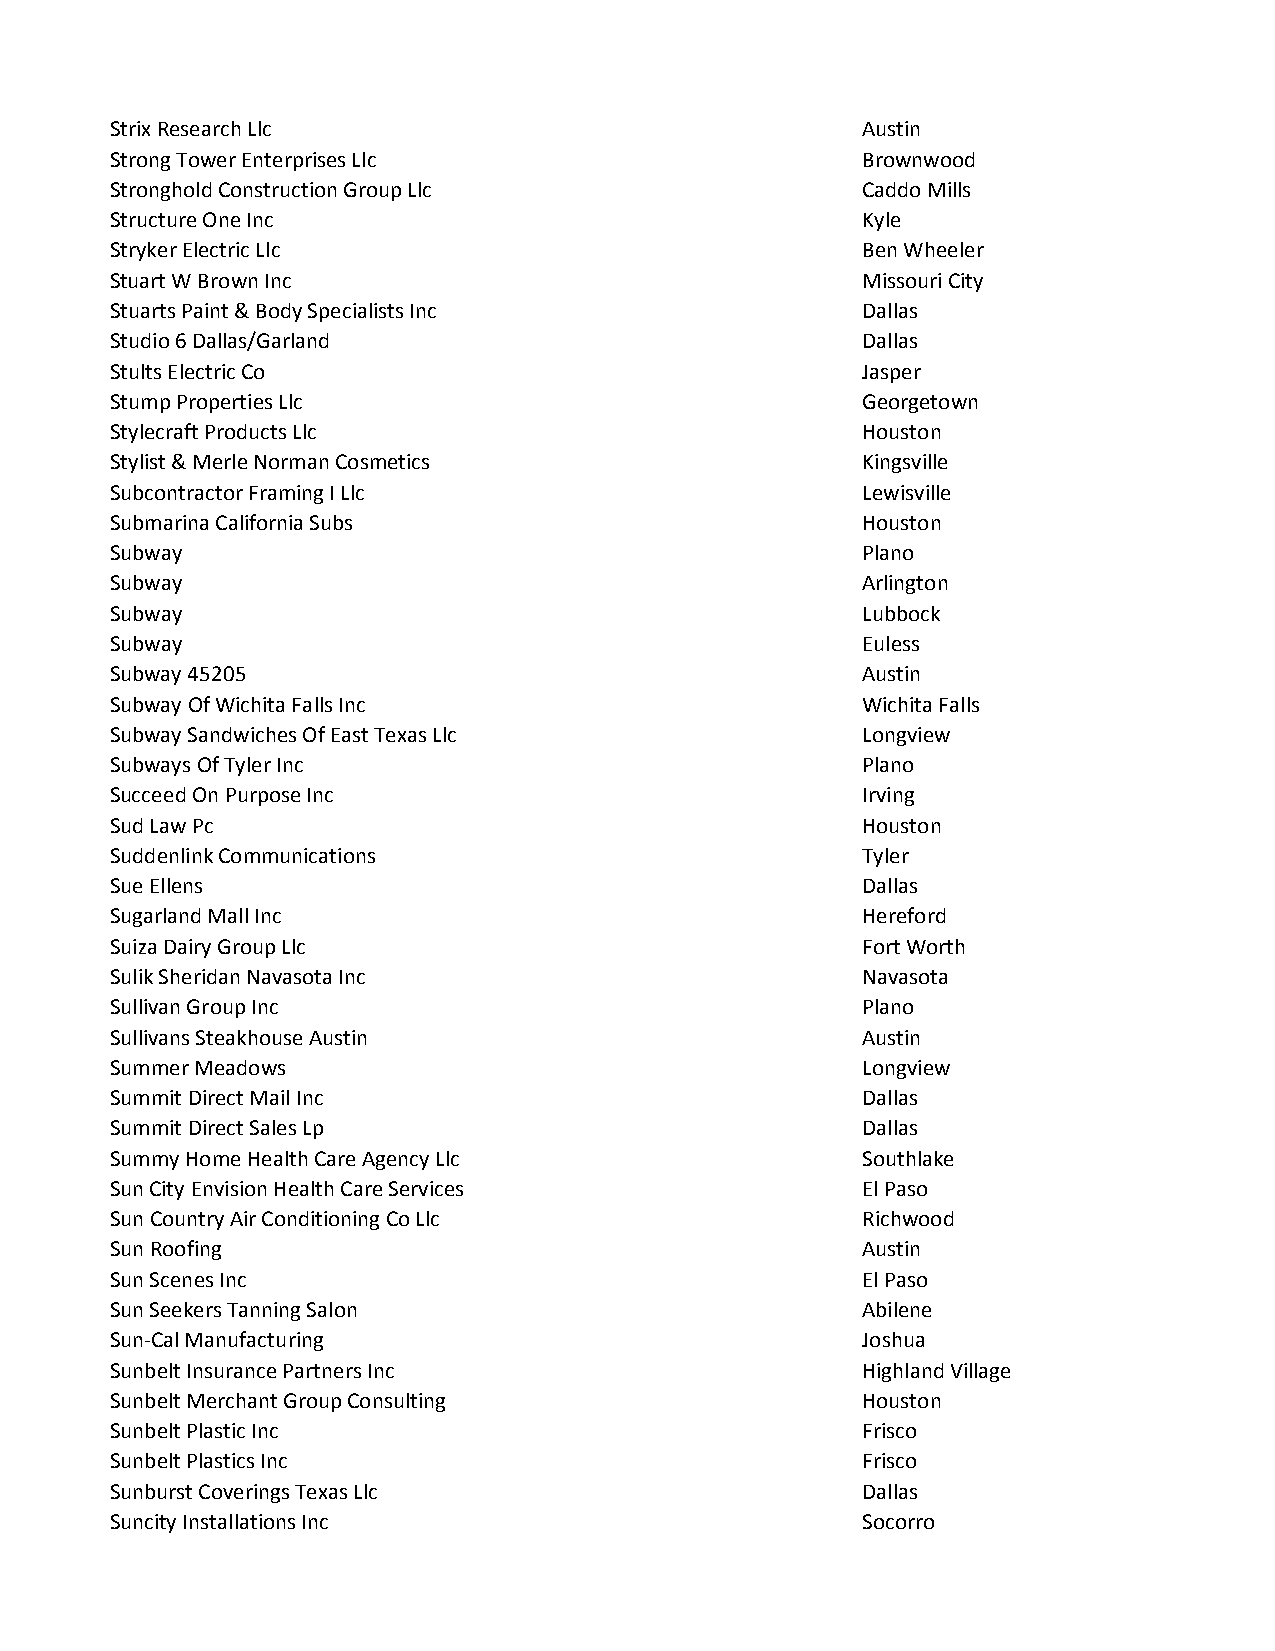
Strix Research Llc                                Austin
 Strong Tower Enterprises Llc                      Brownwood
 Stronghold Construction Group Llc                 Caddo Mills
 Structure One Inc                                 Kyle
 Stryker Electric Llc                              Ben Wheeler
 Stuart W Brown Inc                                Missouri City
 Stuarts Paint & Body Specialists Inc              Dallas
 Studio 6 Dallas/Garland                           Dallas
 Stults Electric Co                                Jasper
 Stump Properties Llc                              Georgetown
 Stylecraft Products Llc                           Houston
 Stylist & Merle Norman Cosmetics                  Kingsville
 Subcontractor Framing I Llc                       Lewisville
 Submarina California Subs                         Houston
 Subway                                            Plano
 Subway                                            Arlington
 Subway                                            Lubbock
 Subway                                            Euless
 Subway 45205                                      Austin
 Subway Of Wichita Falls Inc                       Wichita Falls
 Subway Sandwiches Of East Texas Llc               Longview
 Subways Of Tyler Inc                              Plano
 Succeed On Purpose Inc                            Irving
 Sud Law Pc                                        Houston
 Suddenlink Communications                         Tyler
 Sue Ellens                                        Dallas
 Sugarland Mall Inc                                Hereford
 Suiza Dairy Group Llc                             Fort Worth
 Sulik Sheridan Navasota Inc                       Navasota
 Sullivan Group Inc                                Plano
 Sullivans Steakhouse Austin                       Austin
 Summer Meadows                                    Longview
 Summit Direct Mail Inc                            Dallas
 Summit Direct Sales Lp                            Dallas
 Summy Home Health Care Agency Llc                 Southlake
 Sun City Envision Health Care Services            El Paso
 Sun Country Air Conditioning Co Llc               Richwood
 Sun Roofing                                       Austin
 Sun Scenes Inc                                    El Paso
 Sun Seekers Tanning Salon                         Abilene
 Sun-Cal Manufacturing                             Joshua
 Sunbelt Insurance Partners Inc                    Highland Village
 Sunbelt Merchant Group Consulting                 Houston
 Sunbelt Plastic Inc                               Frisco
 Sunbelt Plastics Inc                              Frisco
 Sunburst Coverings Texas Llc                      Dallas
 Suncity Installations Inc                         Socorro